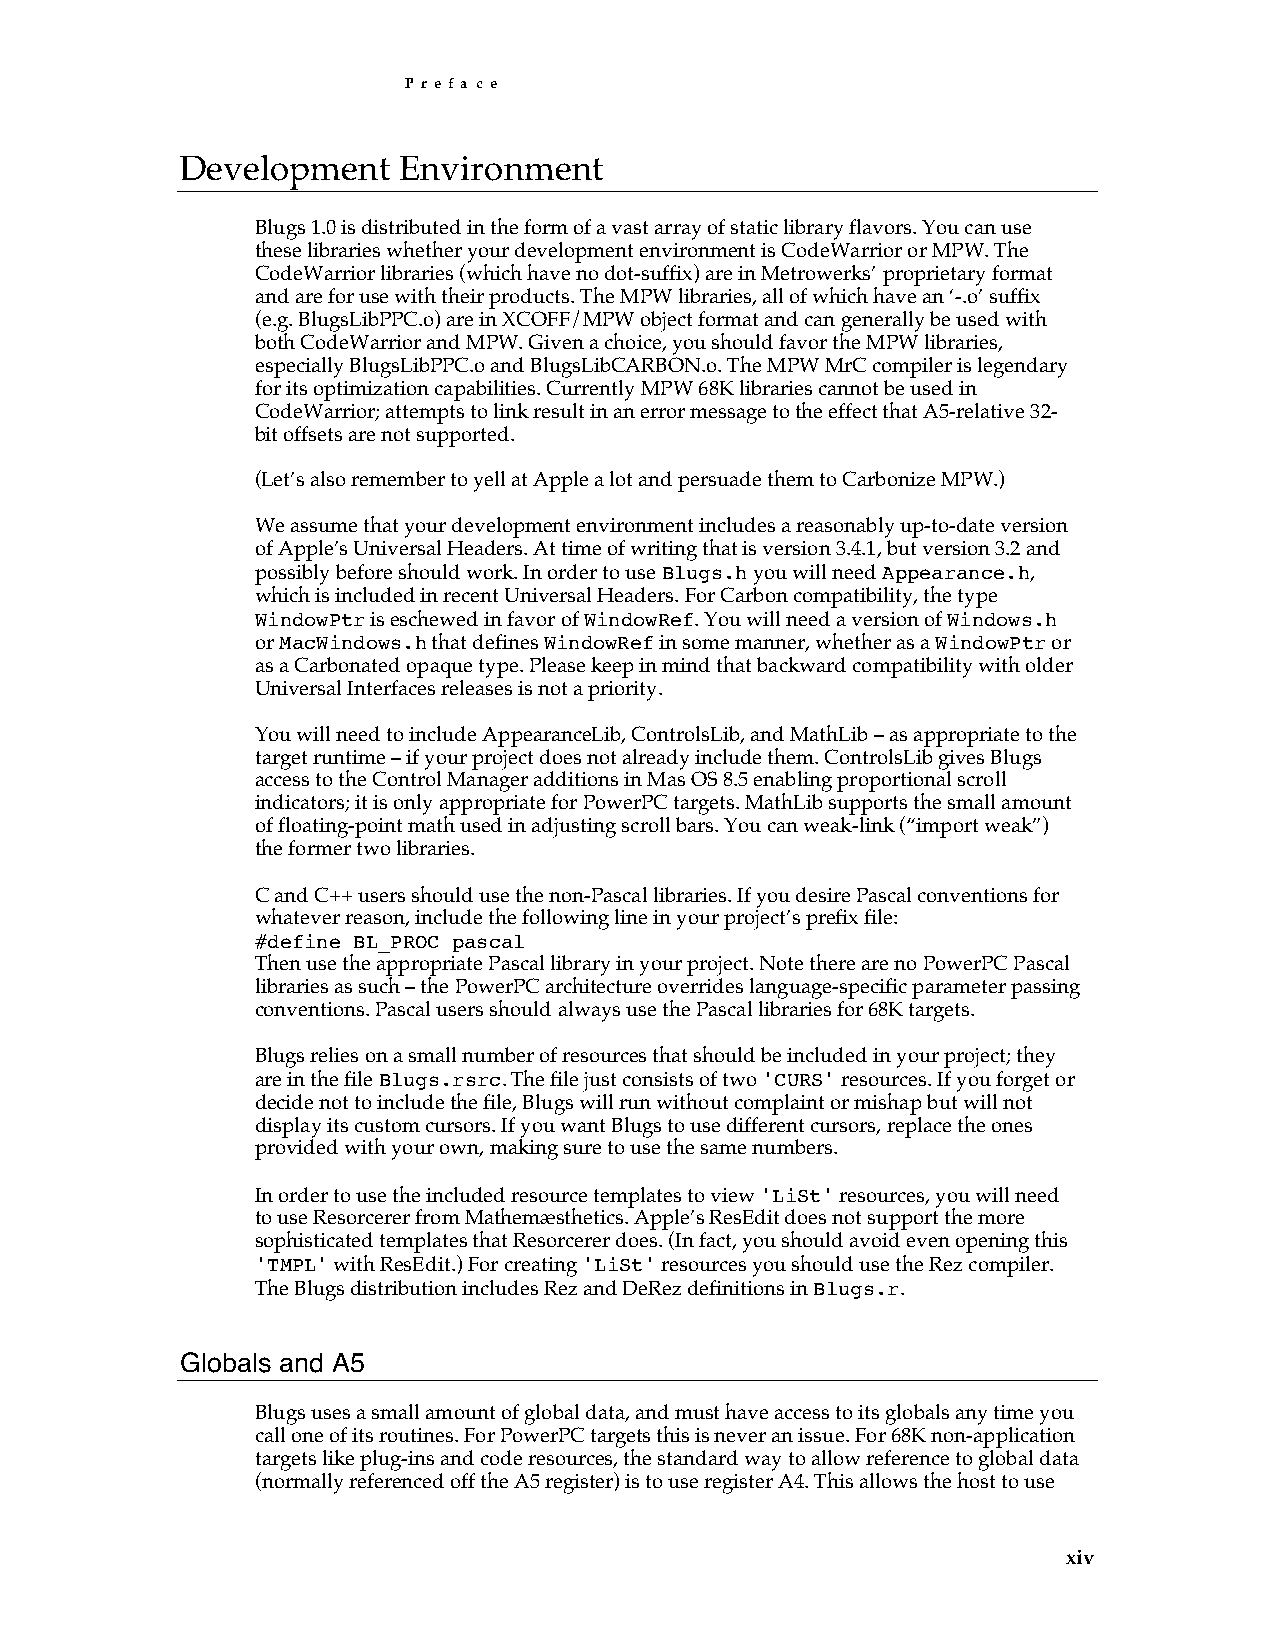
P r e f a c e
 Development   Environment
 Blugs 1.0 is distributed in the form of a vast array of static library flavors. You can use
 these libraries whether your development environment is CodeWarrior or MPW. The
 CodeWarrior libraries (which have no dot-suffix) are in Metrowerks’ proprietary format
 and are for use with their products. The MPW libraries, all of which have an ‘-.o’ suffix
 (e.g. BlugsLibPPC.o) are in XCOFF/MPW object format and can generally be used with
 both CodeWarrior and MPW. Given a choice, you should favor the MPW libraries,
 especially BlugsLibPPC.o and BlugsLibCARBON.o. The MPW MrC compiler is legendary
 for its optimization capabilities. Currently MPW 68K libraries cannot be used in
 CodeWarrior; attempts to link result in an error message to the effect that A5-relative 32-
 bit offsets are not supported.
 (Let’s also remember to yell at Apple a lot and persuade them to Carbonize MPW.)
 We assume that your development environment includes a reasonably up-to-date version
 of Apple’s Universal Headers. At time of writing that is version 3.4.1, but version 3.2 and
 possibly before should work. In order to use Blugs.h you will need Appearance.h,
 which is included in recent Universal Headers. For Carbon compatibility, the type
 WindowPtr is eschewed in favor of WindowRef. You will need a version of Windows.h
 or MacWindows.h that defines WindowRef in some manner, whether as a WindowPtr or
 as a Carbonated opaque type. Please keep in mind that backward compatibility with older
 Universal Interfaces releases is not a priority.
 You will need to include AppearanceLib, ControlsLib, and MathLib – as appropriate to the
 target runtime – if your project does not already include them. ControlsLib gives Blugs
 access to the Control Manager additions in Mas OS 8.5 enabling proportional scroll
 indicators; it is only appropriate for PowerPC targets. MathLib supports the small amount
 of floating-point math used in adjusting scroll bars. You can weak-link (“import weak”)
 the former two libraries.
 C and C++ users should use the non-Pascal libraries. If you desire Pascal conventions for
 whatever reason, include the following line in your project’s prefix file:
 #define BL_PROC pascal
 Then use the appropriate Pascal library in your project. Note there are no PowerPC Pascal
 libraries as such – the PowerPC architecture overrides language-specific parameter passing
 conventions. Pascal users should always use the Pascal libraries for 68K targets.
 Blugs relies on a small number of resources that should be included in your project; they
 are in the file Blugs.rsrc. The file just consists of two 'CURS' resources. If you forget or
 decide not to include the file, Blugs will run without complaint or mishap but will not
 display its custom cursors. If you want Blugs to use different cursors, replace the ones
 provided with your own, making sure to use the same numbers.
 In order to use the included resource templates to view 'LiSt' resources, you will need
 to use Resorcerer from Mathemæsthetics. Apple’s ResEdit does not support the more
 sophisticated templates that Resorcerer does. (In fact, you should avoid even opening this
 'TMPL' with ResEdit.) For creating 'LiSt' resources you should use the Rez compiler.
 The Blugs distribution includes Rez and DeRez definitions in Blugs.r.
 Globals and A5
 Blugs uses a small amount of global data, and must have access to its globals any time you
 call one of its routines. For PowerPC targets this is never an issue. For 68K non-application
 targets like plug-ins and code resources, the standard way to allow reference to global data
 (normally referenced off the A5 register) is to use register A4. This allows the host to use
 xiv